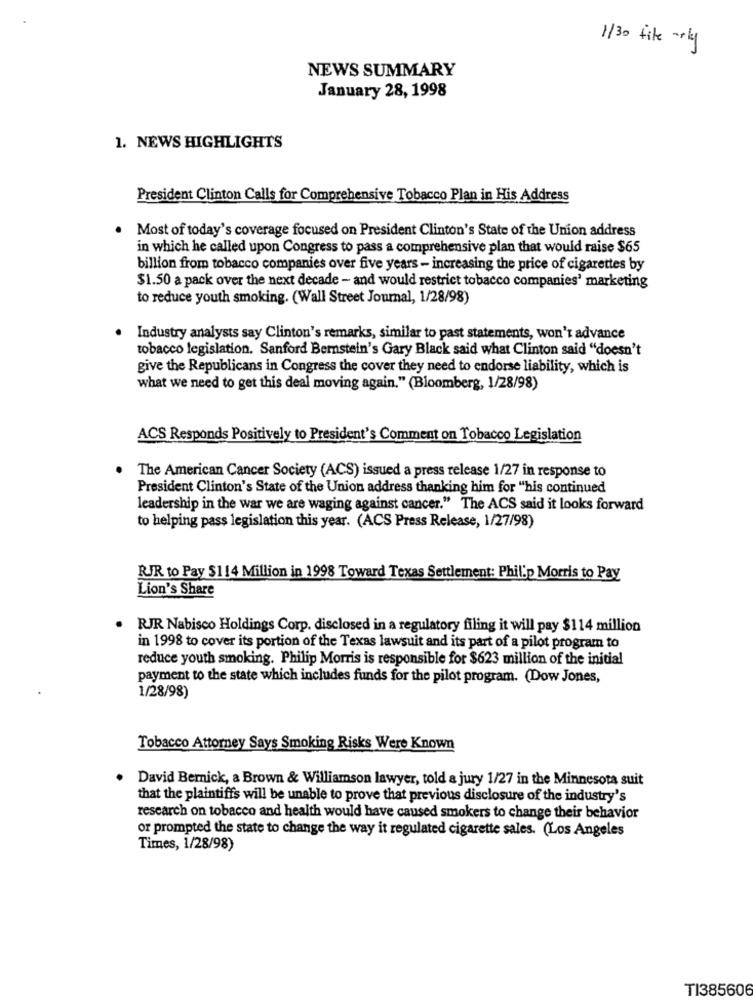
1/30 file -1kg
NEWS SUMMARY
January 28, 1998
1. NEWS HIGHLIGHTS
President Clinton Calls for Comprehensive Tobacco Plan in His Address
Most of today's coverage focused on President Clinton's State of the Union address
in which he called upon Congress to pass a comprehensive plan that would raise $65
billion from tobacco companies over five years - increasing the price of cigarettes by
$1.50 a pack over the next decade - and would restrict tobacco companies' marketing
to reduce youth smoking. (Wall Street Journal, 1/28/98)
Industry analysts say Clinton's remarks, similar to past statements, won't advance
tobacco legislation. Sanford Bernstein's Gary Black said what Clinton said "doesn't
give the Republicans in Congress the cover they need to endorse liability, which is
what we need to get this deal moving again." (Bloomberg, 1/28/98)
ACS Responds Positively to President's Comment on Tobacco Legislation
The American Cancer Society (ACS) issued a press release 1/27 in response to
President Clinton's State of the Union address thanking him for "his continued
leadership in the war we are waging against cancer." The ACS said it looks forward
to helping pass legislation this year. (ACS Press Release, 1/27/98)
RJR to Pay $114 Million in 1998 Toward Texas Settlement: Philip Morris to Pay
Lion's Share
RJR Nabisco Holdings Corp. disclosed in a regulatory filing it will pay $114 million
in 1998 to cover its portion of the Texas lawsuit and its part of a pilot program to
reduce youth smoking. Philip Morris is responsible for $623 million of the initial
payment to the state which includes funds for the pilot program. (Dow Jones,
1/28/98)
Tobacco Attorney Says Smoking Risks Were Known
David Bernick, a Brown & Williamson lawyer, told a jury 1/27 in the Minnesota suit
that the plaintiffs will be unable to prove that previous disclosure of the industry's
research on tobacco and health would have caused smokers to change their behavior
or prompted the state to change the way it regulated cigarette sales. (Los Angeles
Times, 1/28/98)
TI385606